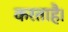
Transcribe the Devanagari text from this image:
करताहै।